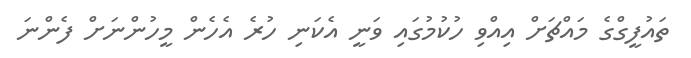
ތައުފީގްގެ މައްޗަށް އިއްވި ހުކުމުގައި ވަނީ އެކަނި ހުރެ އެހެން މީހުންނަށް ފެންނަ